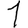
Digit: 1